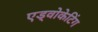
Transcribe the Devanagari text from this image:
एड्वोकेटिंग